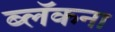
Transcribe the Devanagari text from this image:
ब्लॅकना